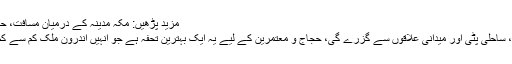
مزید پڑھیں: مکہ مدینہ کے درمیان مسافت، حرمین ہائی اسپیڈ ٹرین کا کامیاب تجربہ
یہ ٹرین پہاڑی علاقوں، ریتلے میدانوں، ساحلی پٹی اور میدانی علاقوں سے گزرے گی، حجاج و معتمرین کے لیے یہ ایک بہترین تحفہ ہے جو انہیں اندرون ملک کم سے کم وقت پہنچانے میں مدد فراہم کرے گا۔